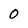
Character: 0